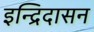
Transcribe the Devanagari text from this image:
इन्द्रिदासन